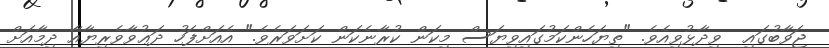
ޖަވާބުގައި  ވިދާޅުވިއެވެ. "ތިޔަހެންކަމުގައިވިޔަސް މިކަން ކުރާނެކަން ކަށަވަރެވެ." އެއަށްފަހު ދަޢުވާވެރިޔާއާ ދިމާއަށް